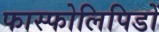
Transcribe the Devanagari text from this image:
फास्फोलिपिडों